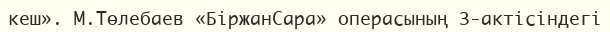
кеш». М.Төлебаев «БіржанСара» операсының 3-актісіндегі